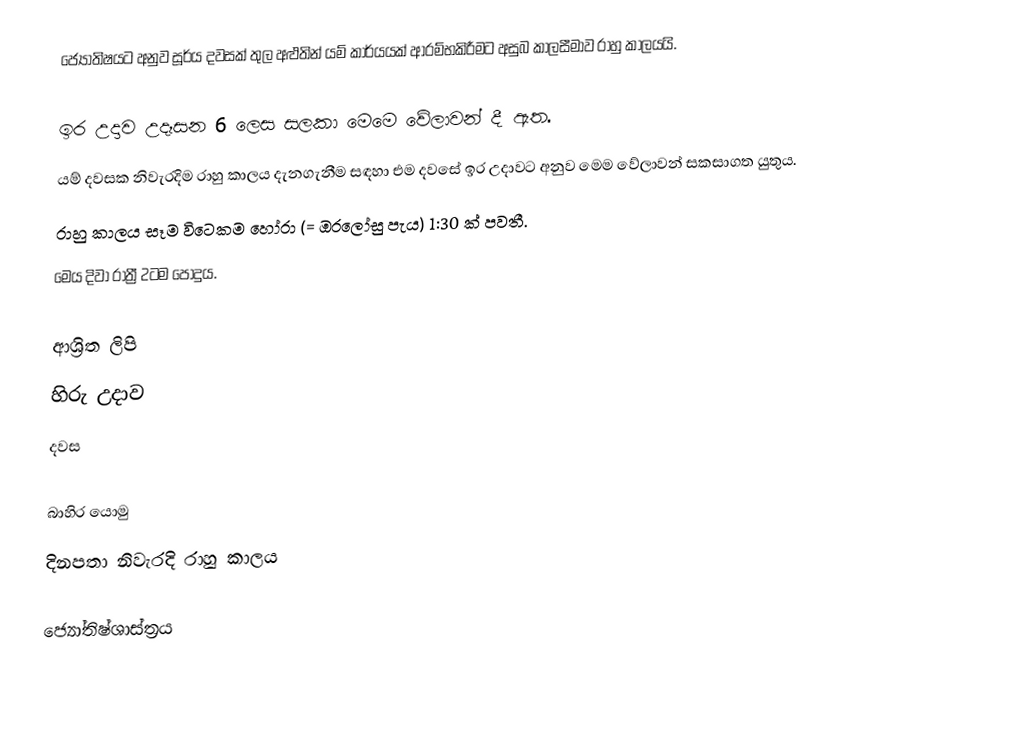
ජ්‍යෝතිෂය‍ට අනුව සූර්ය දවසක් තුල අළුතින් යම් කාර්යයක් ආරම්භකිරීමට අසුබ කාලසීමාව රාහු කාලයයි.

ඉර උදාව උදෑසන 6 ලෙස සලකා මෙමෙ වේලාවන් දී ඇත.
යම් දවසක නිවැරදිම රාහු කාලය දැනගැනීම සඳහා එම දවසේ ඉර උදාවට අනුව මෙම වේලාවන් සකසාගත යුතුය.
රාහු කාලය සෑම විටෙකම හෝරා (= ඔරලෝසු පැය) 1:30 ක් පවතී.
මෙය දිවා රාත්‍රී 2ටම පොදුය.

ආශ්‍රිත ලිපි
 හිරු උදාව
 දවස

බාහිර යොමු
 දිනපතා නිවැරදි රාහු කාලය

ජ්‍යෝතිෂ්ශාස්ත්‍රය